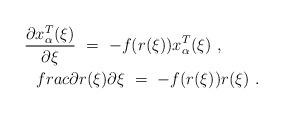
LaTeX: \begin{align*}\frac{\partial x_{\alpha}^T(\xi)}{\partial \xi}\ =\ -f(r(\xi))x_{\alpha}^T(\xi)\ ,\ \ \ \ \ \ \ \\frac{\partial r(\xi)}{\partial \xi}\ =\ -f(r(\xi))r(\xi)\ .\end{align*}